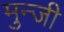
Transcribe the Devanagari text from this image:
मुन्जी